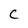
Character: c